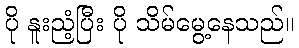
ပို နူးညံ့ပြီး ပို သိမ်မွေ့နေသည်။